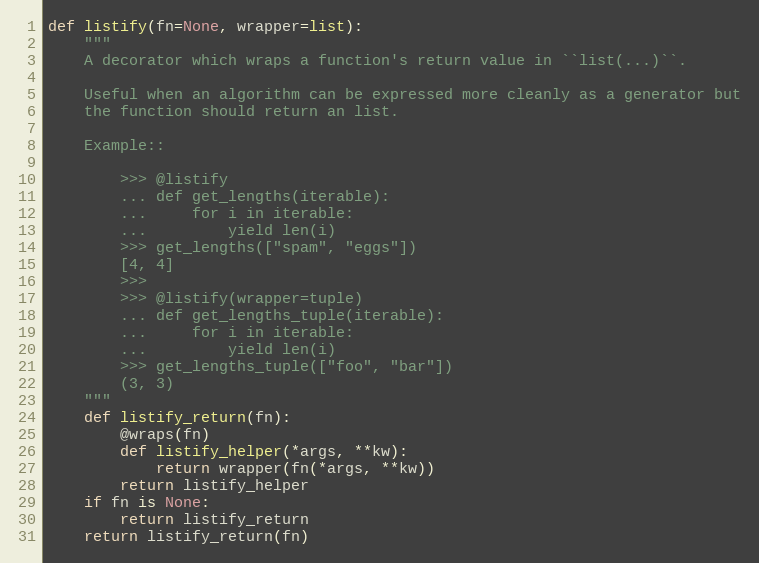
Language: Python
def listify(fn=None, wrapper=list):
    """
    A decorator which wraps a function's return value in ``list(...)``.

    Useful when an algorithm can be expressed more cleanly as a generator but
    the function should return an list.

    Example::

        >>> @listify
        ... def get_lengths(iterable):
        ...     for i in iterable:
        ...         yield len(i)
        >>> get_lengths(["spam", "eggs"])
        [4, 4]
        >>>
        >>> @listify(wrapper=tuple)
        ... def get_lengths_tuple(iterable):
        ...     for i in iterable:
        ...         yield len(i)
        >>> get_lengths_tuple(["foo", "bar"])
        (3, 3)
    """
    def listify_return(fn):
        @wraps(fn)
        def listify_helper(*args, **kw):
            return wrapper(fn(*args, **kw))
        return listify_helper
    if fn is None:
        return listify_return
    return listify_return(fn)